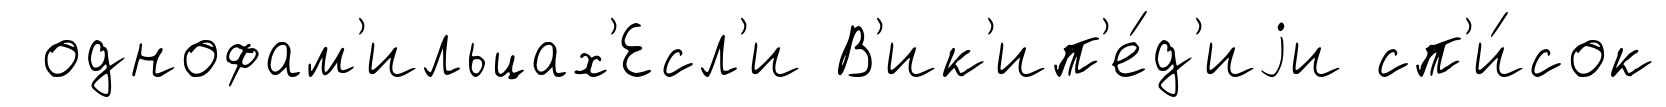
однофам'ильцах'Есл'и В'ик'ип'е́д'иjи сп'и́сок